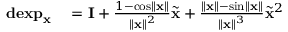
\begin{array} { r l r } { \mathbf { d e x p } _ { \mathbf { x } } } & { { } = \mathbf { I } + \frac { 1 - \cos \left\Vert \mathbf { x } \right\Vert } { \left\Vert \mathbf { x } \right\Vert ^ { 2 } } \tilde { \mathbf { x } } + \frac { \left\Vert \mathbf { x } \right\Vert - \sin \left\Vert \mathbf { x } \right\Vert } { \left\Vert \mathbf { x } \right\Vert ^ { 3 } } \tilde { \mathbf { x } } ^ { 2 } } \end{array}